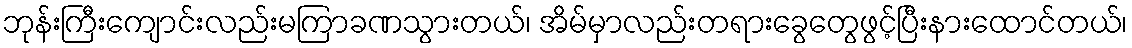
ဘုန်းကြီးကျောင်းလည်းမကြာခဏသွားတယ်၊ အိမ်မှာလည်းတရားခွေတွေဖွင့်ပြီးနားထောင်တယ်၊